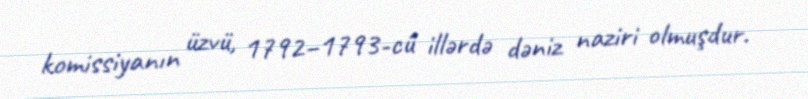
komissiyanın üzvü, 1792–1793-cü illərdə dəniz naziri olmuşdur.